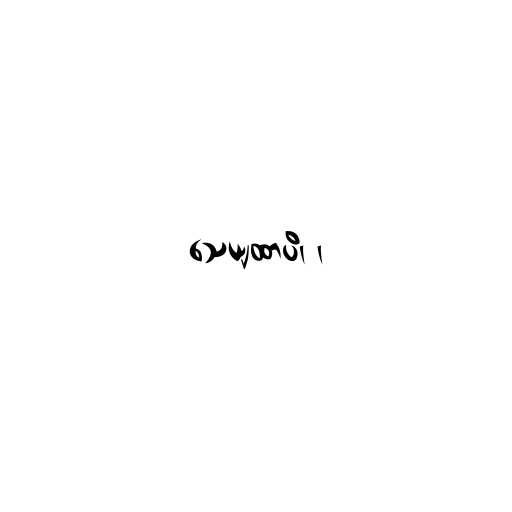
သေယျထာပိ၊ ၊